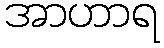
အာဟာရ